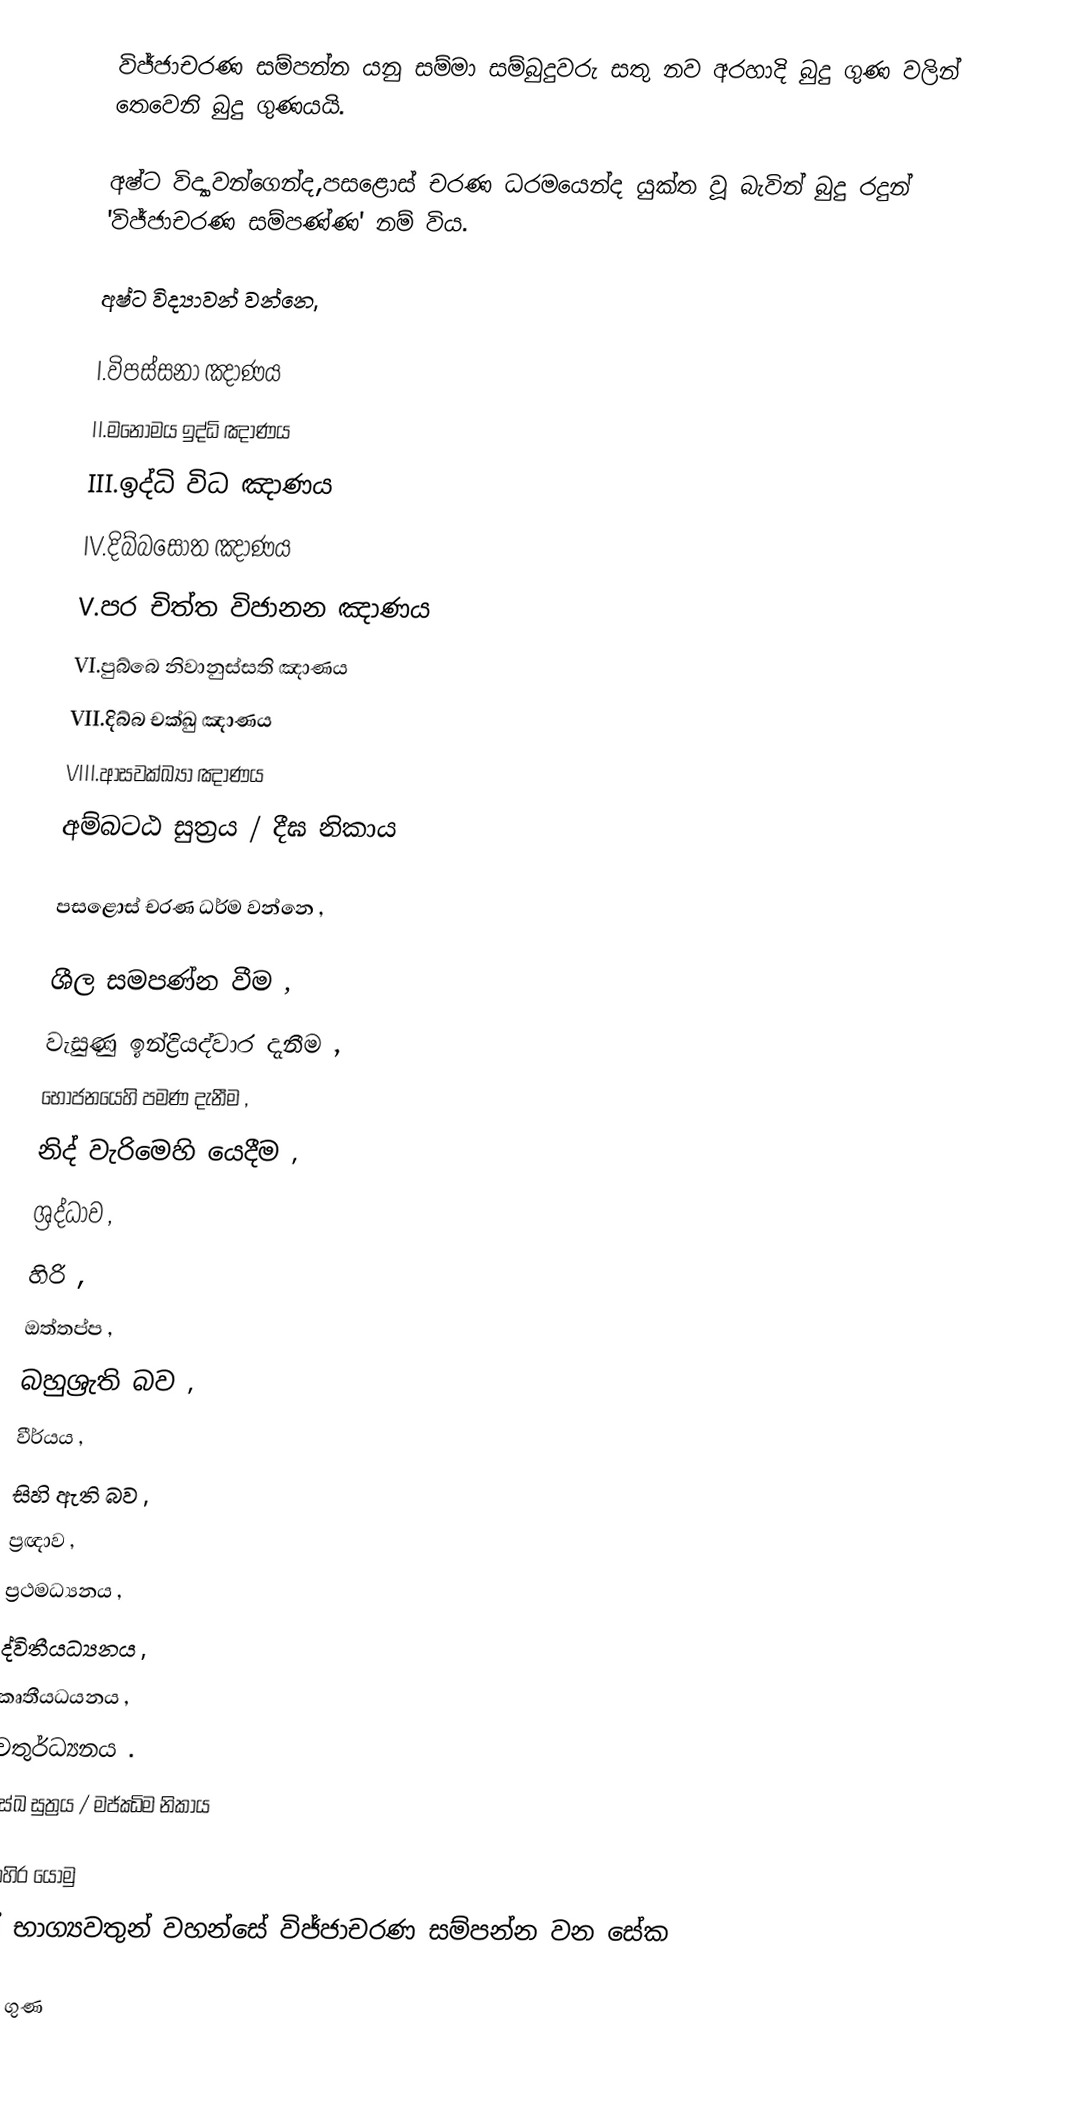
විජ්ජාචරණ සම්පන්න යනු සම්මා සම්බුදුවරු සතු නව අරහාදි බුදු ගුණ වලින් තෙවෙනි බුදු ගුණයයි.

අෂ්ට විද්‍යාවන්ගෙන්ද,පසළොස් චරණ ධරමයෙන්ද යුක්ත වූ බැවින් බුදු රදුන් 'විජ්ජාචරණ සම්පණ්ණ' නම් විය.

අෂ්ට විද්‍යාවන් වන්නෙ,

I.විපස්සනා ඤාණය
II.මනෝමය ඉද්ධි ඤාණය
III.ඉද්ධි විධ ඤාණය
IV.දිබ්බසෝත ඤාණය
V.පර චිත්ත විජානන ඤාණය
VI.පුබ්බෙ නිවානුස්සති ඤාණය
VII.දිබ්බ චක්ඛු ඤාණය
VIII.ආසවක්ඛ්‍යා ඤාණය
      අම්බටඨ සුත්‍රය / දීඝ නිකාය

පසළොස් චරණ ධර්ම වන්නෙ ,

ශීල සමපණ්න වීම ,
වැසුණු ඉන්ද්‍රියද්වාර දැනීම ,
භොජනයෙහි පමණ දැනීම ,
නිද් වැරිමෙහි යෙදීම ,
ශ්‍රද්ධාව ,
හිරි ,
ඔත්තප්ප ,
බහුශ්‍රැති බව ,
වීර්යය ,
සිහි ඇති බව ,
ප්‍රඥාව ,
ප්‍රථමධ්‍යනය ,
ද්විතීයධ්‍යනය ,
කෘතීයධයනය ,
චතුර්ධ්‍යනය .
    සේඛ සුත්‍රය / මජ්ඣිම නිකාය

බාහිර යොමු
 ඒ භාග්‍යවතුන් වහන්සේ විජ්ජාචරණ සම්පන්න වන සේක

බුදු ගුණ